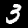
Digit: 3